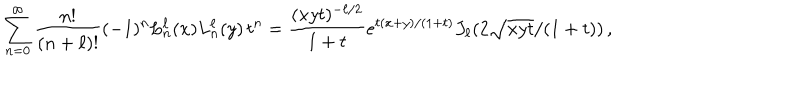
\sum _ { n = 0 } ^ { \infty } \frac { n ! } { ( n + \ell ) ! } ( - 1 ) ^ { n } L _ { n } ^ { \ell } ( x ) L _ { n } ^ { \ell } ( y ) \, t ^ { n } = \frac { ( x y t ) ^ { - \ell / 2 } } { 1 + t } e ^ { t ( x + y ) / ( 1 + t ) } J _ { \ell } ( 2 \sqrt { x y t } / ( 1 + t ) ) \, ,